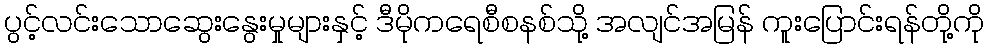
ပွင့်လင်းသောဆွေးနွေးမှုများနှင့် ဒီမိုကရေစီစနစ်သို့ အလျင်အမြန် ကူးပြောင်းရန်တို့ကို